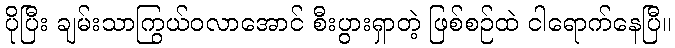
ပိုပြီး ချမ်းသာကြွယ်ဝလာအောင် စီးပွားရှာတဲ့ ဖြစ်စဉ်ထဲ ငါရောက်နေပြီ။